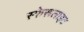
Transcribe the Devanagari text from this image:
स्फेरूलाइट